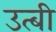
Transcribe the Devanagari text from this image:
उत्बी